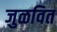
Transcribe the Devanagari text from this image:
जुळवित